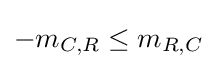
-m_{C,R}\leq m_{R,C}